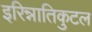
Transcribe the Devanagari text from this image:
इरिन्नातिकुटल